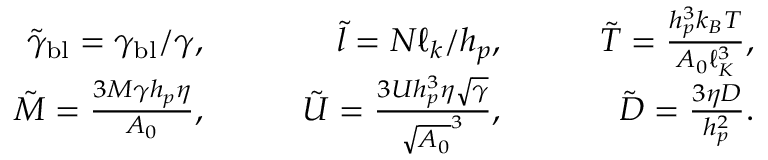
\begin{array} { r l r l r l r } & { } & { \tilde { \gamma } _ { \mathrm { b l } } = \gamma _ { \mathrm { b l } } / \gamma , \quad } & { } & { \tilde { l } = N \ell _ { k } / h _ { p } , \quad } & { } & { \tilde { T } = \frac { h _ { p } ^ { 3 } k _ { B } T } { A _ { 0 } \ell _ { K } ^ { 3 } } , } \\ & { } & { \tilde { M } = \frac { 3 M \gamma h _ { p } \eta } { A _ { 0 } } , \quad } & { } & { \tilde { U } = \frac { 3 U h _ { p } ^ { 3 } \eta \sqrt { \gamma } } { \sqrt { A _ { 0 } } ^ { 3 } } , \quad } & { } & { \tilde { D } = \frac { 3 \eta D } { h _ { p } ^ { 2 } } . } \end{array}